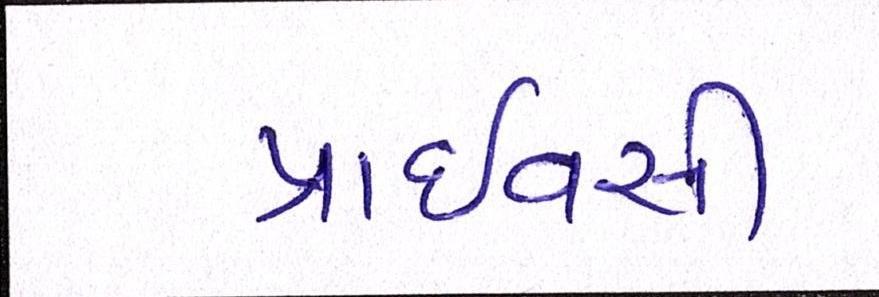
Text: પ્રાઈવસી